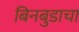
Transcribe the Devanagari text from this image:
बिनबुडाचा